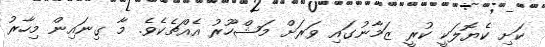
ކަށި ކެޔޮލަކީ ކުރީ ޒަމާނުގައި ވަރަށް މަޝްހޫރު އެއްޗެކެވެ. މާ ގިނައިން މިހާރު